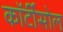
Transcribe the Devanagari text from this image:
कॉर्टीसोल